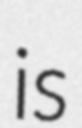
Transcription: is